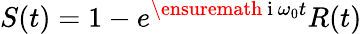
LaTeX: S(t)=1-e^{\ensuremath{\mathrm{~i~}}\omega_{0}t}R(t)